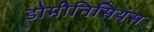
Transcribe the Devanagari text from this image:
डोमीनिसियंस